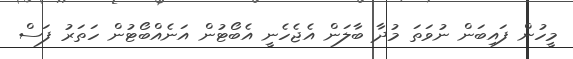
މީހުން ފައިބަން ނުވަތަ މުދާ ބާލަން އެޖެހެނީ އެބޯޓުން އަނެއްބޯޓުން ހަތަރު ފަސް